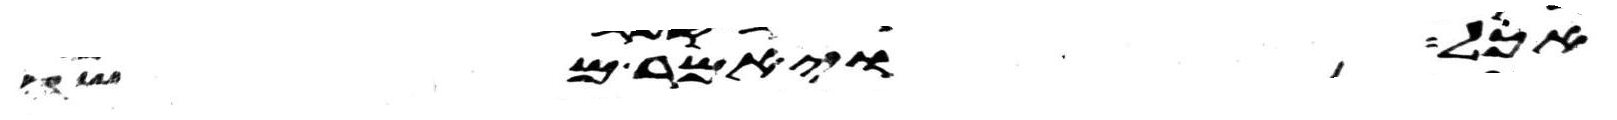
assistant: אכל ויאמר משה